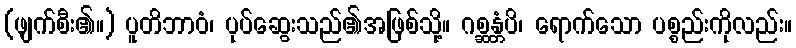
(ဖျက်စီး၏။) ပူတိဘာဝံ၊ ပုပ်ဆွေးသည်၏အဖြစ်သို့။ ဂစ္ဆန္တံပိ၊ ရောက်သော ပစ္စည်းကိုလည်း။